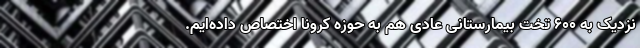
نزدیک به ۶۰۰ تخت بیمارستانی عادی هم به حوزه کرونا اختصاص داده‌ایم.